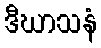
ဒီဃာသနံ